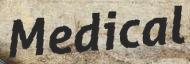
Medical